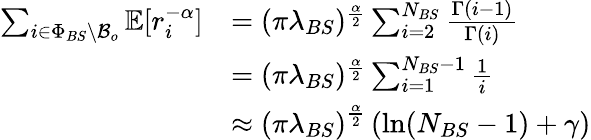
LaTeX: \begin{array}{rl}{\sum_{i\in\Phi_{BS}\backslash\mathcal{B}_{o}}\mathbb{E}[r_{i}^{-\alpha}]}&{=(\pi\lambda_{BS})^{\frac{\alpha}{2}}\sum_{i=2}^{N_{BS}}\frac{\Gamma(i-1)}{\Gamma(i)}}\\ &{=(\pi\lambda_{BS})^{\frac{\alpha}{2}}\sum_{i=1}^{N_{BS}-1}\frac{1}{i}}\\ &{\approx\left(\pi\lambda_{BS}\right)^{\frac{\alpha}{2}}\left(\ln(N_{BS}-1)+\gamma\right)}\end{array}